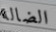
الضالة